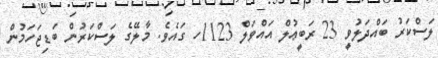
ލަސްކަރު ބައްދަލުވީ 23 ރަބީޢުލް އައްވަލް 1123ހ ގައެވެ. މާލޭގެ ލަސްކަރުން ބަޑިޖަހަމުން